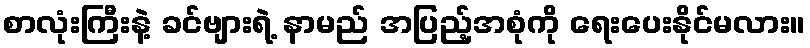
စာလုံးကြီးနဲ့ ခင်ဗျားရဲ့ နာမည် အပြည့်အစုံကို ရေးပေးနိုင်မလား။